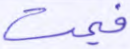
فيمت